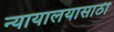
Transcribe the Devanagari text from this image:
न्यायालयासाठी